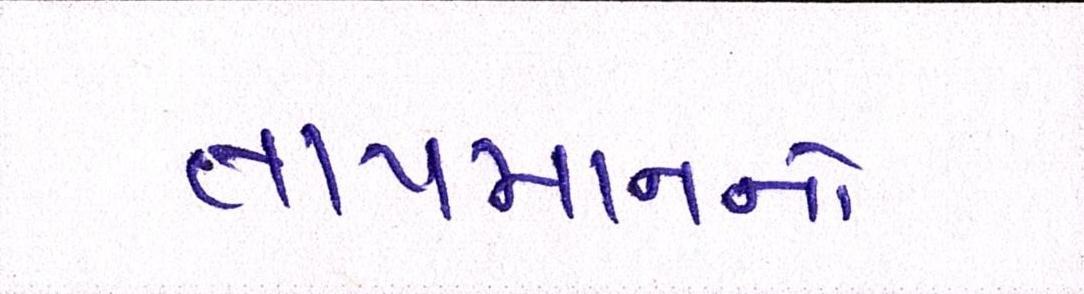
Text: તાપમાનનો